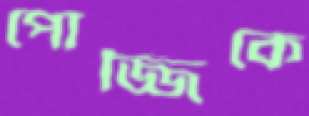
পোজ্জিকে